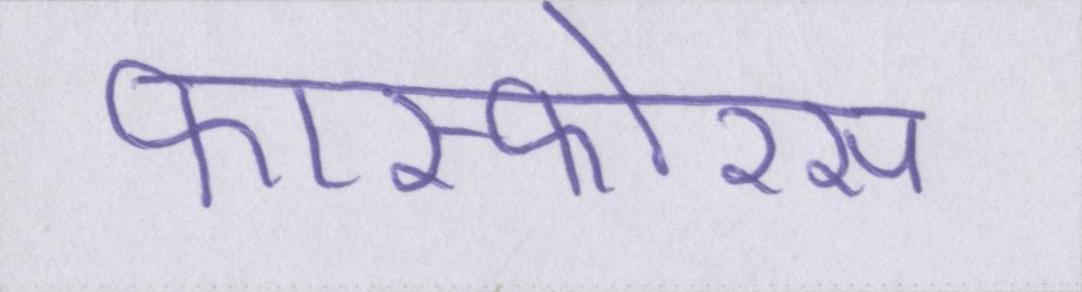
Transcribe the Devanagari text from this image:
फास्फोरस